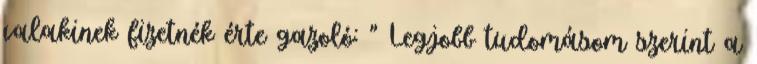
valakinek fizetnék érte gazoló: " Legjobb tudomásom szerint a